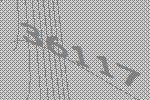
36117